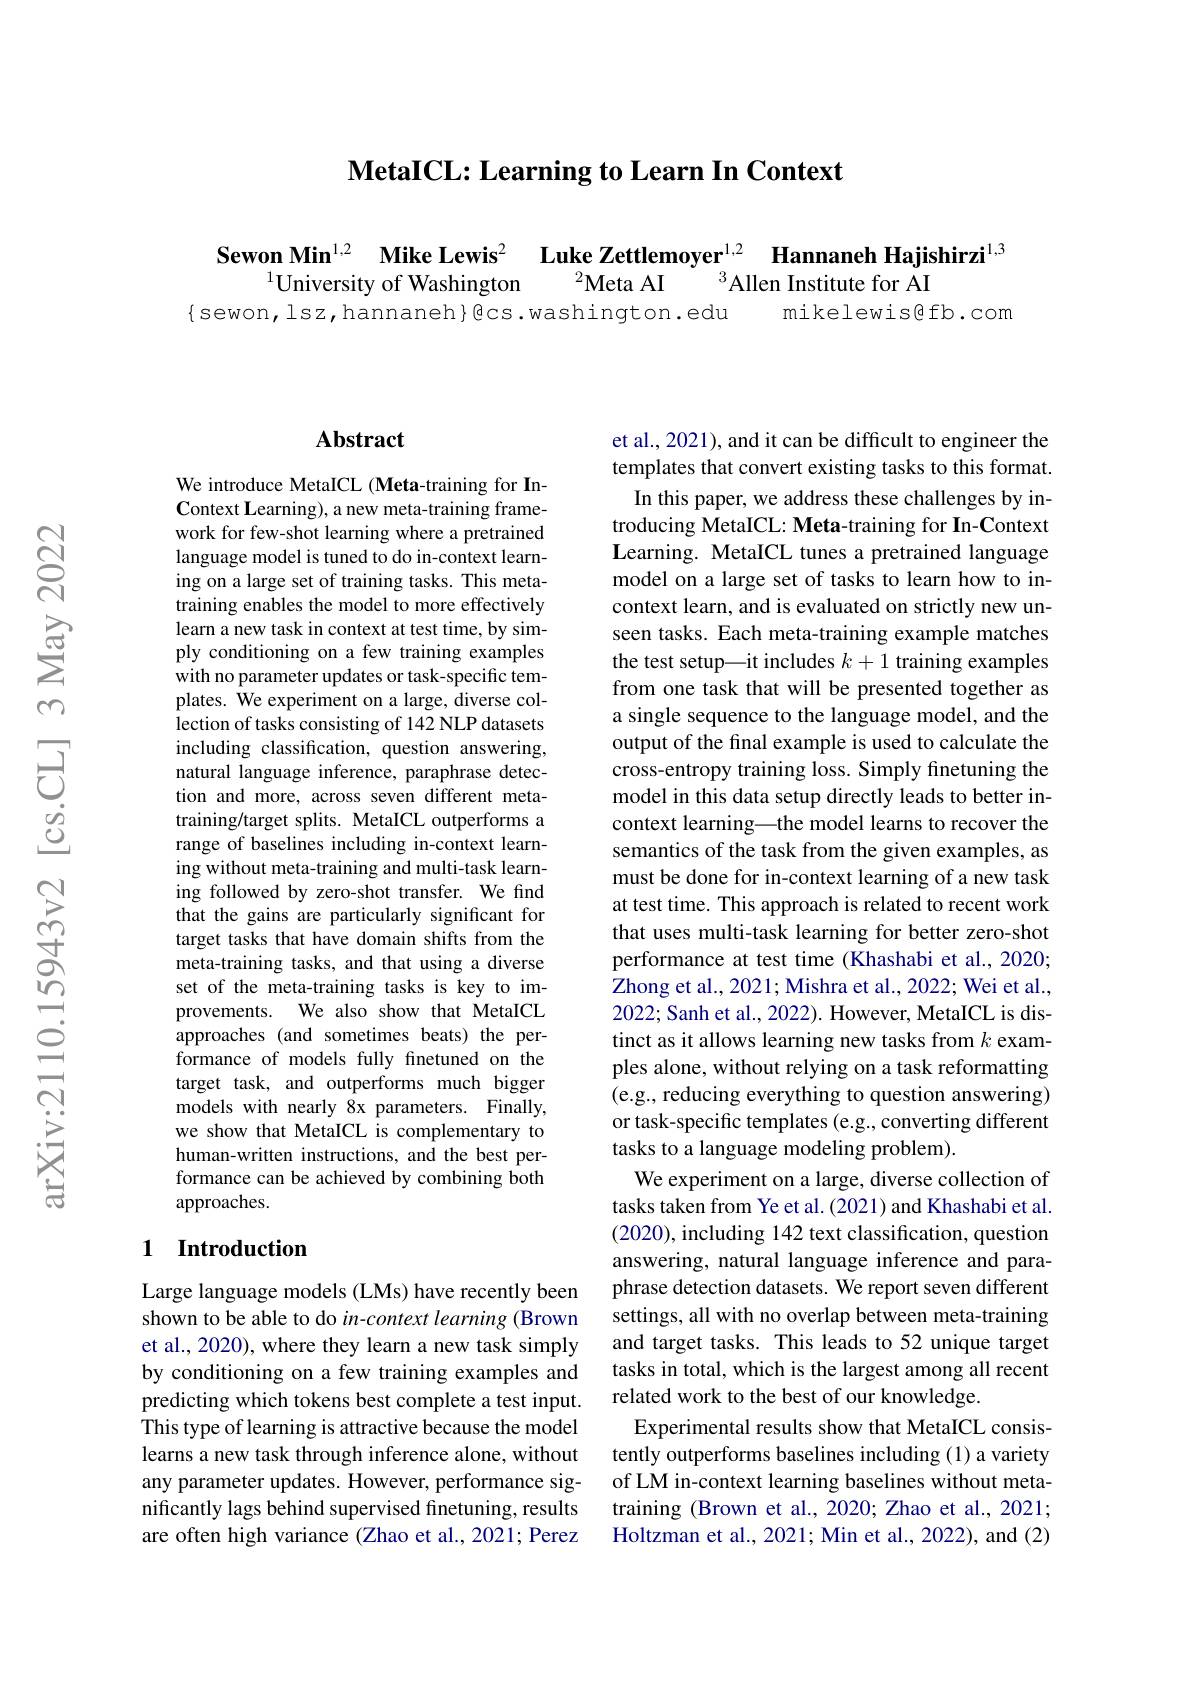
$\textbf{MetaICL: Learning to Learn In Context}$

Sewon Min$^{1, 2}$ $\textbf{Mike Lewis}^{2}$ $\textbf{Luke Zettlemoyer}^{1, 2}$ $\textbf{Hannaneh Hajishirzi}^{1, 3}$
$^{2}$Meta AI
$^{3}$Allen Institute for AI
$^{1}$University of Washington
mikelewis@fb.com
$\{$sewon,lsz,hannaneh{gcs.washington.edu

## Abstract

We introduce MetaICL (Meta-training for InContext Learning), a new meta-training framework for few-shot learning where a pretrained language model is tuned to do in-context learning on a large set of training tasks. This metatraining enables the model to more effectively learn a new task in context at test time, by simply conditioning on a few training examples with no parameter updates or task-specific templates. We experiment on a large, diverse col- ${\hat{\text{lection of tasks consisting of 142 NLP datasets}}}$ including classification, question answering, natural language inference, paraphrase detection and more, across seven different metatraining/target splits. MetaICL outperforms a range of baselines including in-context learning without meta-training and multi-task learning followed by zero-shot transfer. We find that the gains are particularly significant for target tasks that have domain shifts from the meta-training tasks, and that using a diverse set of the meta-training tasks is key to improvements. We also show that MetaICL approaches (and sometimes beats) the performance of models fully finetuned on the target task, and outperforms much bigger models with nearly 8x parameters. Finally, we show that MetaICL is complementary to human-written instructions, and the best performance can be achieved by combining both approaches.

## 1 Introduction

Large language models (LMs) have recently been shown to be able to do $in-context$ learning (Brown et al., 2020), where they learn a new task simply by conditioning on a few training examples and predicting which tokens best complete a test input. This type of learning is attractive because the model learns a new task through inference alone, without any parameter updates. However, performance significantly lags behind supervised finetuning, results are often high variance (Zhao et al., 2021; Perez

et al., 2021), and it can be difficult to engineer the templates that convert existing tasks to this format.
In this paper, we address these challenges by introducing MetaICL: Meta-training for In-Context Learning. MetaICL tunes a pretrained language model on a large set of tasks to learn how to incontext learn, and is evaluated on strictly new unseen tasks. Each meta-training example matches the test setup—it includes $k+1$ training examples from one task that will be presented together as a single sequence to the language model, and the output of the final example is used to calculate the cross-entropy training loss. Simply finetuning the model in this data setup directly leads to better incontext learning—the model learns to recover the semantics of the task from the given examples, as must be done for in-context learning of a new task at test time. This approach is related to recent work that uses multi-task learning for better zero-shot performance at test time (Khashabi et al., 2020; Zhong et al., 2021; Mishra et al., 2022; Wei et al., 2022; Sanh et al., 2022). However, MetaICL is distinct as it allows learning new tasks from $k$ examples alone, without relying on a task reformatting (e.g., reducing everything to question answering) or task-specific templates (e.g., converting different tasks to a language modeling problem).
We experiment on a large, diverse collection of tasks taken from Ye et al.(2021) and Khashabi et al. (2020), including 142 text classification, question answering, natural language inference and paraphrase detection datasets. We report seven different settings, all with no overlap between meta-training and target tasks. This leads to 52 unique target tasks in total, which is the largest among all recent related work to the best of our knowledge.
Experimental results show that MetaICL consistently outperforms baselines including (1) a variety of LM in-context learning baselines without metatraining (Brown et al., 2020; Zhao et al., 2021; Holtzman et al., 2021; Min et al., 2022), and (2)